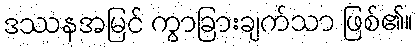
ဒဿနအမြင် ကွာခြားချက်သာ ဖြစ်၏။